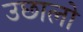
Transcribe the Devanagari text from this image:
उछालो